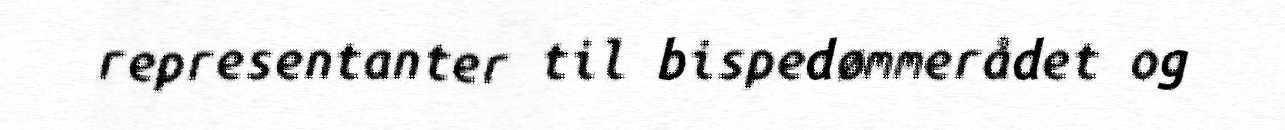
representanter til bispedømmerådet og